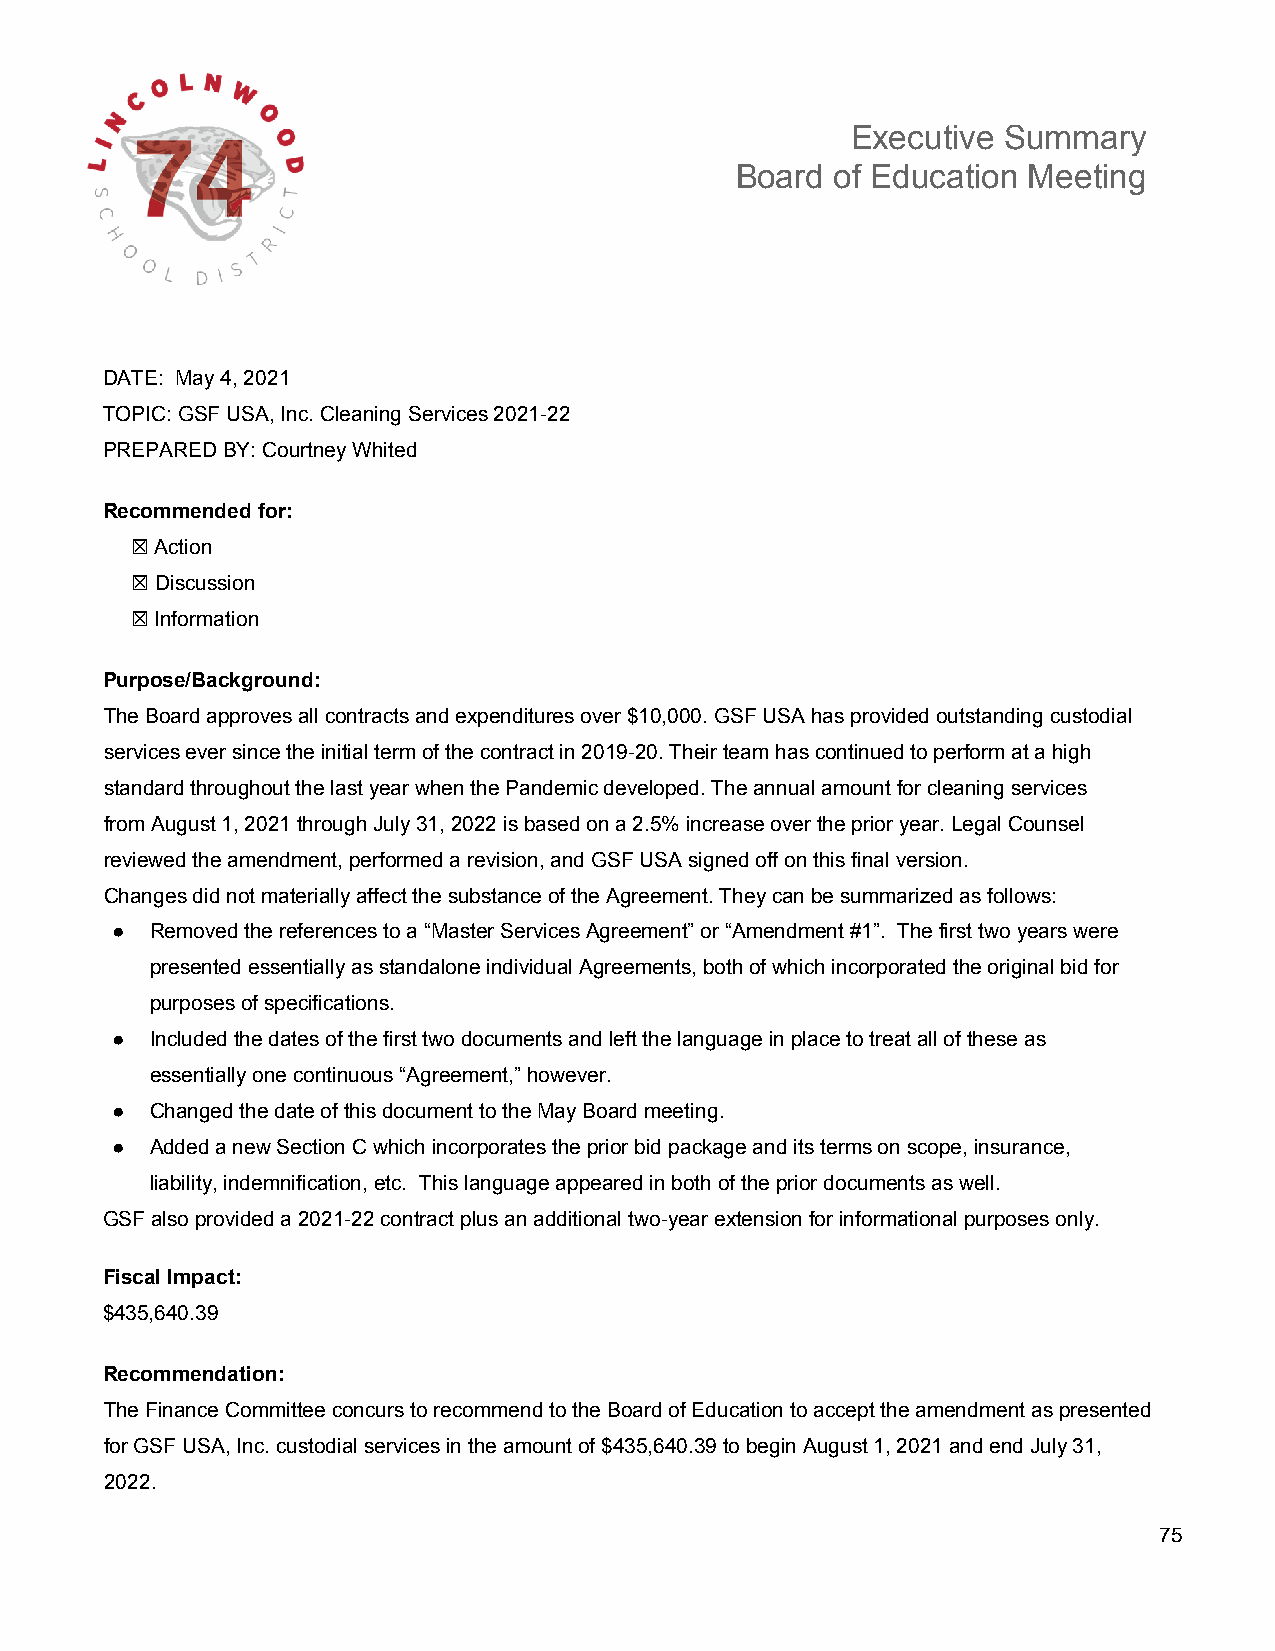
Executive Summary
 Board of Education Meeting
 DATE: May 4, 2021
 TOPIC: GSF USA, Inc. Cleaning Services 2021-22
 PREPARED BY: Courtney Whited
 Recommended for:
 ☒ Action
 ☒ Discussion
 ☒ Information
 Purpose/Background:
 The Board approves all contracts and expenditures over $10,000. GSF USA has provided outstanding custodial
 services ever since the initial term of the contract in 2019-20. Their team has continued to perform at a high
 standard throughout the last year when the Pandemic developed. The annual amount for cleaning services
 from August 1, 2021 through July 31, 2022 is based on a 2.5% increase over the prior year. Legal Counsel
 reviewed the amendment, performed a revision, and GSF USA signed off on this final version.
 Changes did not materially affect the substance of the Agreement. They can be summarized as follows:
 ●  Removed the references to a “Master Services Agreement” or “Amendment #1”. The first two years were
 presented essentially as standalone individual Agreements, both of which incorporated the original bid for
 purposes of specifications.
 ●  Included the dates of the first two documents and left the language in place to treat all of these as
 essentially one continuous “Agreement,” however.
 ●  Changed the date of this document to the May Board meeting.
 ●  Added a new Section C which incorporates the prior bid package and its terms on scope, insurance,
 liability, indemnification, etc. This language appeared in both of the prior documents as well.
 GSF also provided a 2021-22 contract plus an additional two-year extension for informational purposes only.
 Fiscal Impact:
 $435,640.39
 Recommendation:
 The Finance Committee concurs to recommend to the Board of Education to accept the amendment as presented
 for GSF USA, Inc. custodial services in the amount of $435,640.39 to begin August 1, 2021 and end July 31,
 2022.
 75